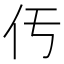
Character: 𠆬